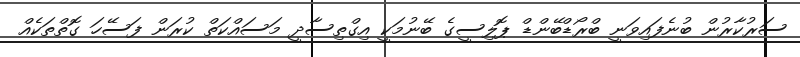
ސަރުކާރުން ބުނެފައިވަނީ ބްރޯޑްބޭންޑް ޕޮލިސީގެ ބޭނުމަކީ އިގްތިސާދީ މަސައްކަތް ކުރަން ފަސޭހަ ގޮތްތަކެއް